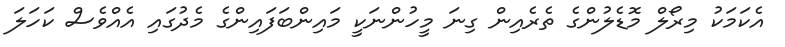
އެކަމަކު މިރޯލް މޮޑެލުންގެ ތެރެއިން ގިނަ މީހުންނަކީ މައިންބަފައިންގެ މެދުގައި އެއްވެސް ކަހަލަ